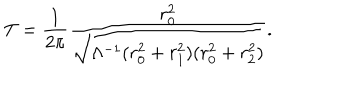
T = \frac { 1 } { 2 \pi } \frac { r _ { 0 } ^ { 2 } } { \sqrt { \Lambda ^ { - 1 } ( r _ { 0 } ^ { 2 } + r _ { 1 } ^ { 2 } ) ( r _ { 0 } ^ { 2 } + r _ { 2 } ^ { 2 } ) } } .